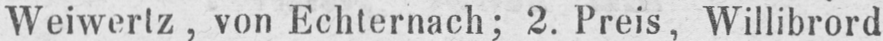
Weiwertz, von Echternach; 2. Preis, Willibrord